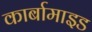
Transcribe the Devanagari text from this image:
कार्बामाइड